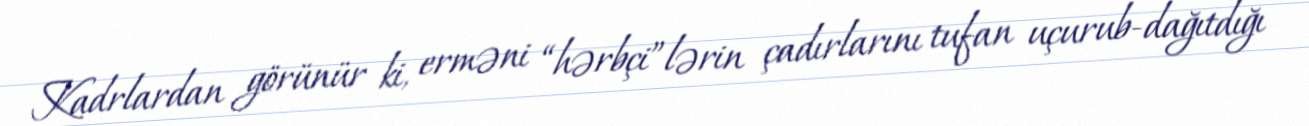
Kadrlardan görünür ki, erməni “hərbçi”lərin çadırlarını tufan uçurub-dağıtdığı